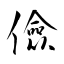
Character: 儉